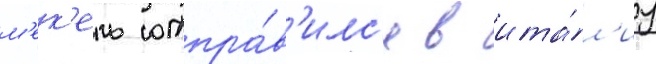
м'ек'ель отпра́в'илс'я в ита́л'иу